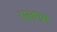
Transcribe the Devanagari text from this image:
एलगम